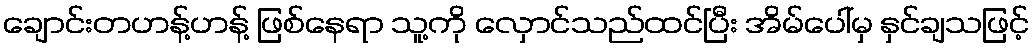
ချောင်းတဟန့်ဟန့် ဖြစ်နေရာ သူ့ကို လှောင်သည်ထင်ပြီး အိမ်ပေါ်မှ နှင်ချသဖြင့်